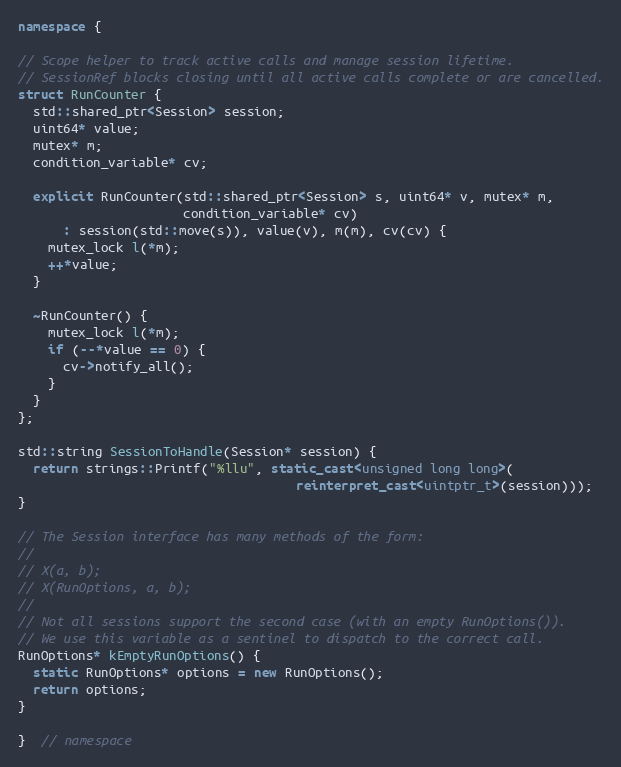
Language: C++
namespace {

// Scope helper to track active calls and manage session lifetime.
// SessionRef blocks closing until all active calls complete or are cancelled.
struct RunCounter {
  std::shared_ptr<Session> session;
  uint64* value;
  mutex* m;
  condition_variable* cv;

  explicit RunCounter(std::shared_ptr<Session> s, uint64* v, mutex* m,
                      condition_variable* cv)
      : session(std::move(s)), value(v), m(m), cv(cv) {
    mutex_lock l(*m);
    ++*value;
  }

  ~RunCounter() {
    mutex_lock l(*m);
    if (--*value == 0) {
      cv->notify_all();
    }
  }
};

std::string SessionToHandle(Session* session) {
  return strings::Printf("%llu", static_cast<unsigned long long>(
                                     reinterpret_cast<uintptr_t>(session)));
}

// The Session interface has many methods of the form:
//
// X(a, b);
// X(RunOptions, a, b);
//
// Not all sessions support the second case (with an empty RunOptions()).
// We use this variable as a sentinel to dispatch to the correct call.
RunOptions* kEmptyRunOptions() {
  static RunOptions* options = new RunOptions();
  return options;
}

}  // namespace